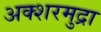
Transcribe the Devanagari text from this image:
अक्शरमुद्रा